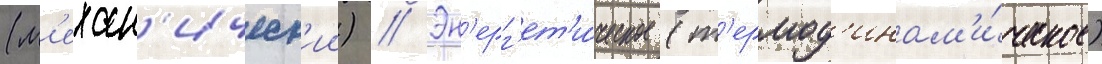
(м'ехан'ическ'ии) // Эн'ерг'ет'и́ческое (т'ермод'инам'и́ческое)